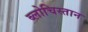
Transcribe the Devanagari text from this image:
ब्लोचिस्तान